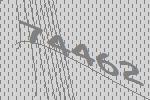
74462